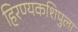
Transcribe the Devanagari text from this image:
हिरण्यकशिपुला